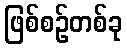
ဖြစ်စဉ်တစ်ခု